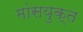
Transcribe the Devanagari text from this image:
मांसयुक्त